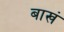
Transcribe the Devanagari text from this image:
बाखं